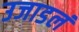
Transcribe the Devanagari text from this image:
उजाडलं